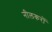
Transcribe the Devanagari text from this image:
नीलकरों